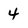
Character: 4